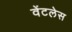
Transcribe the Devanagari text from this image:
वेंटलेस